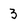
Character: 3